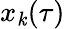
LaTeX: x_{\mathit{k}}(\tau)